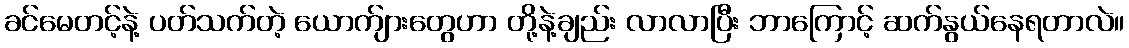
ခင်မေတင့်နဲ့ ပတ်သက်တဲ့ ယောက်ျားတွေဟာ တို့နဲ့ချည်း လာလာပြီး ဘာကြောင့် ဆက်နွယ်နေရတာလဲ။